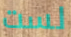
لست